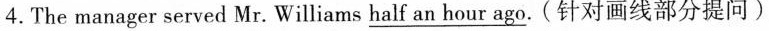
4.The manager served Mr. Williams \underline{half an hour ago}.(针对画线部分提问)